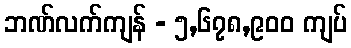
ဘဏ်လက်ကျန် - ၅,၆၇၈,၉၀၀ ကျပ်